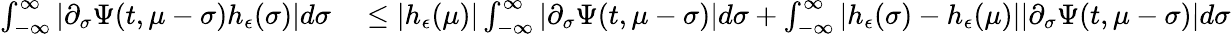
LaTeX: \begin{array}{rl}{\int_{-\infty}^{\infty}\left|\partial_{\sigma}\Psi(t,\mu-\sigma)h_{\epsilon}(\sigma)\right|d\sigma}&{{}\leq|h_{\epsilon}(\mu)|\int_{-\infty}^{\infty}\left|\partial_{\sigma}\Psi(t,\mu-\sigma)\right|d\sigma+\int_{-\infty}^{\infty}|h_{\epsilon}(\sigma)-h_{\epsilon}(\mu)||\partial_{\sigma}\Psi(t,\mu-\sigma)|d\sigma}\end{array}